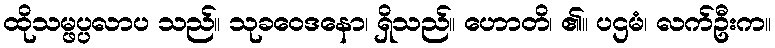
ထိုသမ္ဖပ္ပလာပ သည်။ သုခဝေဒနော၊ ရှိသည်။ ဟောတိ၊ ၏။ ပဌမံ၊ လက်ဦးက။